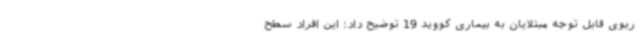
ریوی قابل توجه مبتلایان به بیماری کووید 19 توضیح داد: این افراد سطح